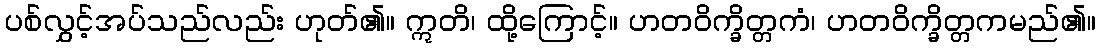
ပစ်လွှင့်အပ်သည်လည်း ဟုတ်၏။ ဣတိ၊ ထို့ကြောင့်။ ဟတဝိက္ခိတ္တကံ၊ ဟတဝိက္ခိတ္တကမည်၏။